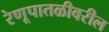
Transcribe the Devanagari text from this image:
रेणूपातळीवरील